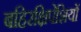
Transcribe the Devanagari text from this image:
बहिरक्षिपेशियों